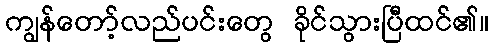
ကျွန်တော့်လည်ပင်းတွေ ခိုင်သွားပြီထင်၏။